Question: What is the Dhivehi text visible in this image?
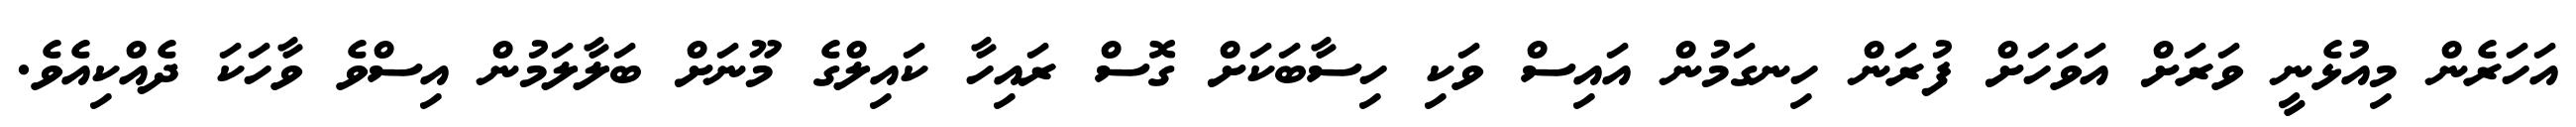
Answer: އަހަރެން މިއުޅެނީ ވަރަށް އަވަހަށް ފުރަން ހިނގަމުން އައިސް ވަކި ހިސާބަކަށް ގޮސް ރައިހާ ކައިލްގެ މޫނަށް ބަލާލަމުން އިސްވެ ވާހަކަ ދެއްކިއެވެ.